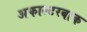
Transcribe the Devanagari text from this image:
अफाल्टरबाक